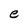
Character: e